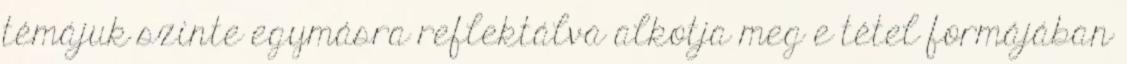
témájuk szinte egymásra reflektálva alkotja meg e tétel formájában